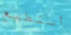
أستطيع